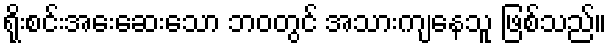
ရိုးစင်းအေးဆေးသော ဘဝတွင် အသားကျနေသူ ဖြစ်သည်။